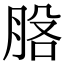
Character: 𦛵